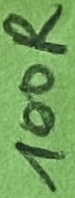
Text: 100R